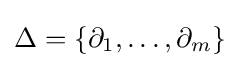
\Delta =\lbrace \partial _{1},\ldots ,\partial _{m}\rbrace